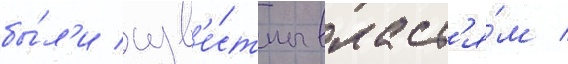
бы́л'и изв'е́стны власт'я́м /